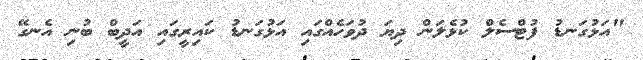
"އަޅުގަނޑު ފުޓްސެލް ކުޅެލަން ދިޔަ ދުވަހެއްގައި އަޅުގަނޑު ކައިރީގައި އަދީބް ބުނި އެނގޭ